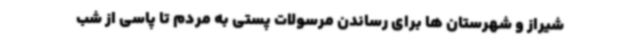
شیراز و شهرستان ها برای رساندن مرسولات پستی به مردم تا پاسی از شب